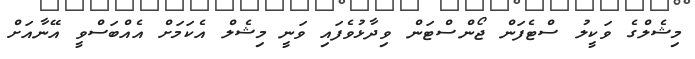
މިޝެލްގެ ވަކީލު ސްޓެފަން ޖޯންސްޓަން ވިދާޅުވެފައި ވަނީ މިޝެލް އެކަމަށް އެއްބަސްވީ އޭނާއަށް